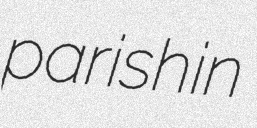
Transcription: parish in